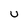
Character: u